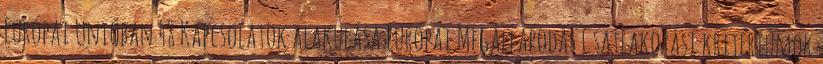
Európai Unióban 48 Kapcsolatok alakulása Európai Megállapodás Csatlakozási kritériumok